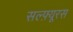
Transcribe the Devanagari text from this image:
सल्फ़्यूरस